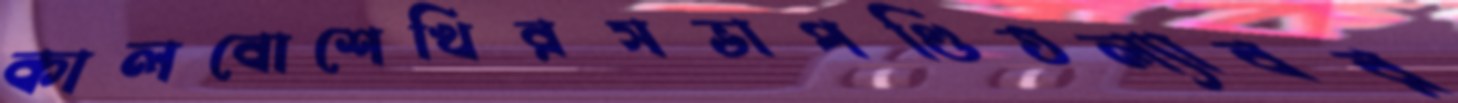
কালবোশেখিরসভাপণ্ডিতল্যাবর